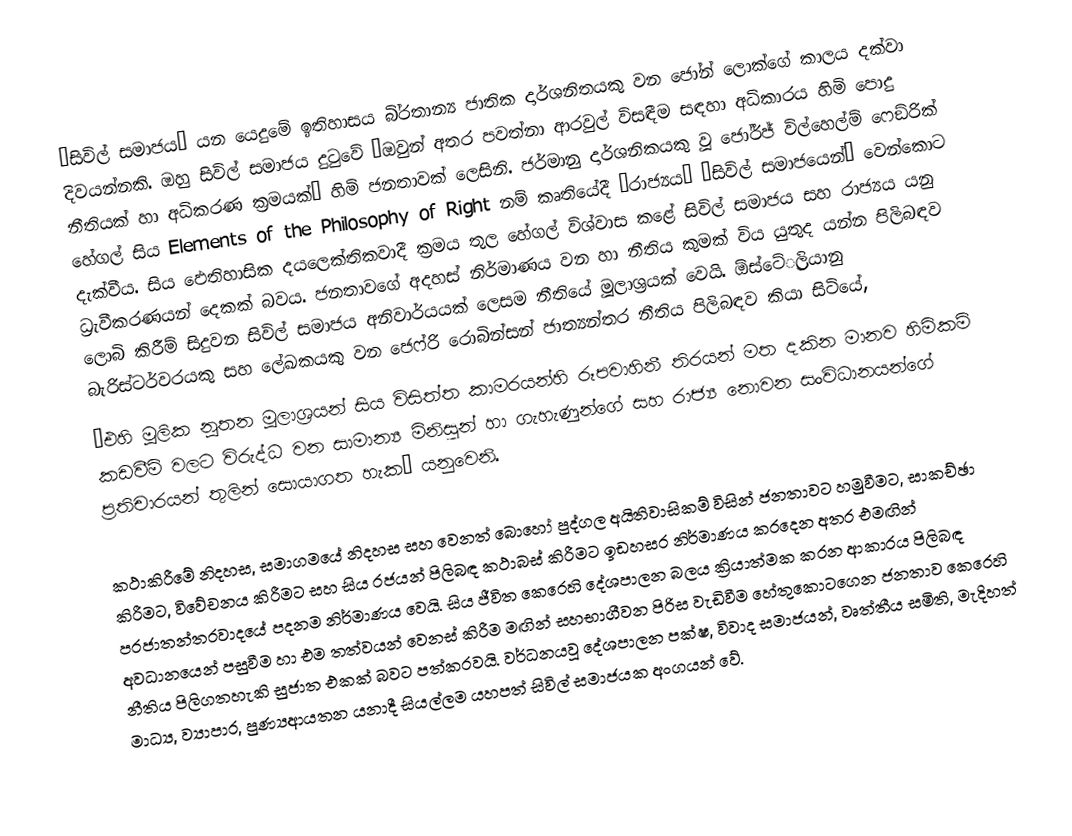
‘සිවිල් සමාජය’ යන යෙදුමේ ඉතිහාසය බි‍්‍රතාන්‍ය ජාතික දාර්ශනිතයකු වන ජෝන් ලොක්ගේ කාලය දක්වා දිවයන්නකි. ඔහු සිවිල් සමාජය දුටුවේ ‘ඔවුන් අතර පවත්නා ආරවුල් විසඳීම සඳහා අධිකාරය හිමි පොදු නීතියක් හා අධිකරණ ක්‍රමයක්’ හිමි ජනතාවක් ලෙසිනි. ජර්මානු දාර්ශනිකයකු වූ ජෝර්ජ් විල්හෙල්ම් ෆෙඞ්රික් හේගල් සිය Elements of the Philosophy of Right නම් කෘතියේදී ‘රාජ්‍යය’ ‘සිවිල් සමාජයෙන්’ වෙන්කොට දැක්වීය. සිය ඵෙතිහාසික දයලෙක්තිකවාදී  ක්‍රමය තුල හේගල් විශ්වාස කළේ සිවිල් සමාජය සහ රාජ්‍යය යනු ධ‍්‍රැවීකරණයන් දෙකක් බවය. ජනතාවගේ අදහස් නිර්මාණය වන හා නීතිය කුමක් විය යුතුද යන්න පිලිබඳව ලොබි කිරීම් සිදුවන සිවිල් සමාජය අනිවාර්යයක් ලෙසම නීතියේ මූලාශ‍්‍රයක් වෙයි.  ඕස්ටේ‍්‍රලියානු  බැරිස්ටර්වරයකු සහ ලේඛකයකු වන ජෙෆ්රි රොබින්සන් ජාත්‍යන්තර නීතිය පිලිබඳව කියා සිටියේ,
˝එහි මූලික නූතන මූලාශ්‍රයන් සිය විසිත්ත කාමරයන්හි රූපවාහිනී තිරයන් මත දකින මානව හිමිකම් කඩවීම් වලට විරුද්ධ වන සාමාන්‍ය මිනිසුන් හා ගැහැණුන්ගේ සහ රාජ්‍ය නොවන සංවිධානයන්ගේ ප‍්‍රතිචාරයන් තුලින් සොයාගත හැක˜ යනුවෙනි.

කථාකිරීමේ නිදහස, සමාගමයේ නිදහස සහ වෙනත් බොහෝ පුද්ගල අයිතිවාසිකම් විසින් ජනතාවට හමුවීමට, සාකච්ඡා කිරීමට, විවේචනය කිරීමට සහ සිය රජයන් පිලිබඳ කථාබස් කිරීමට ඉඩහසර නිර්මාණය කරදෙන අතර එමඟින් ප‍්‍රජාතන්ත‍්‍රවාදයේ පදනම නිර්මාණය වෙයි. සිය ජීවිත කෙරෙහි දේශපාලන බලය ක්‍රියාත්මක කරන ආකාරය පිලිබඳ අවධානයෙන් පසුවීම හා එම තත්වයන් වෙනස් කිරීම මඟින් සහභාගීවන පිරිස වැඩිවීම හේතුකොටගෙන ජනතාව කෙරෙහි නීතිය පිලිගතහැකි සුජාත එකක් බවට පත්කරවයි. වර්ධනයවූ දේශපාලන පක්ෂ, විවාද සමාජයන්, වෘත්තීය සමිති, මැදිහත් මාධ්‍ය,  ව්‍යාපාර, පුණ්‍යආයතන යනාදී සියල්ලම යහපත් සිවිල් සමාජයක අංගයන් වේ.